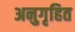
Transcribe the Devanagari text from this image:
अनुगृहित